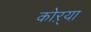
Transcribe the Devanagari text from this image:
कोऱ्‍या